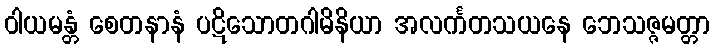
ဝါယမန္တံ စေတနာနံ ပဋိသောတဂါမိနိယာ အလင်္ကတသယနေ ဘေသဇ္ဇမတ္တာ